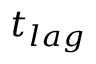
t _ { l a g }